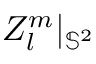
Z _ { l } ^ { m } | _ { \mathbb { S } ^ { 2 } }